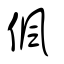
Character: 偑